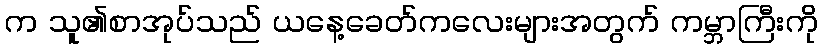
က သူ၏စာအုပ်သည် ယနေ့ခေတ်ကလေးများအတွက် ကမ္ဘာကြီးကို